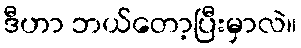
ဒီဟာ ဘယ်တော့ပြီးမှာလဲ။